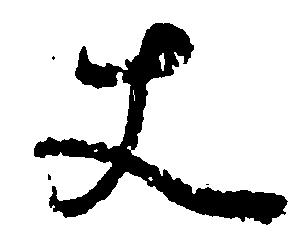
丈